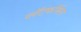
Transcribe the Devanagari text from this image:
प्लॅटफॉर्मला